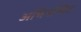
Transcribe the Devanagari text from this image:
अभिनन्दित